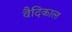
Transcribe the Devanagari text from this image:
वैदिकाल